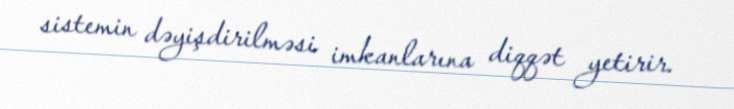
sistemin dəyişdirilməsi imkanlarına diqqət yetirir.